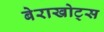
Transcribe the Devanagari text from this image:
बेराखोट्स